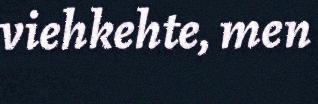
viehkehte, men